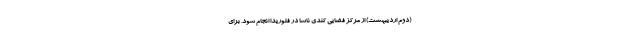
(دوم اردیبهشت) از مرکز فضایی کندی ناسا در فلوریدا انجام شود. برای